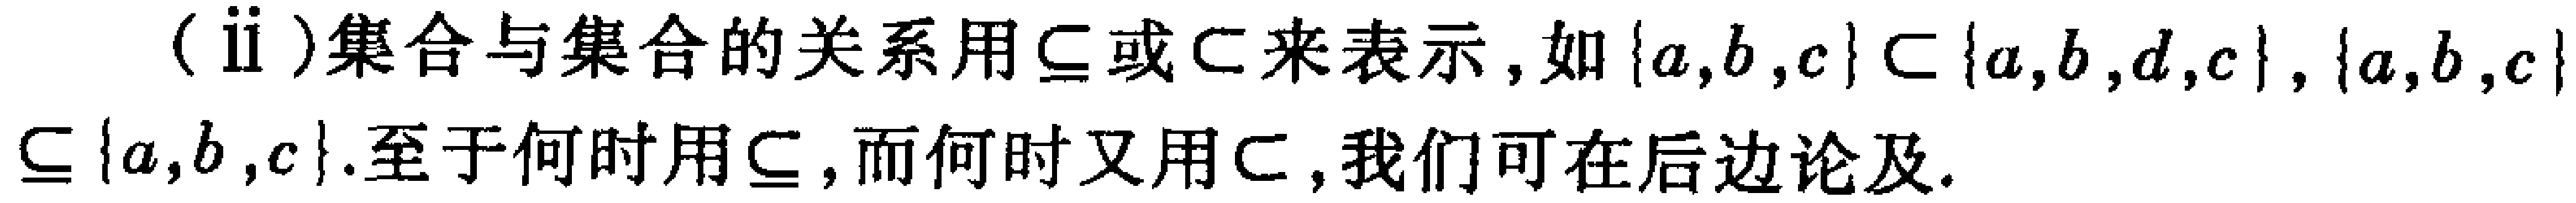
(ii)集合与集合的关系用$\subseteq$或$\subset$来表示，如$\{a,b,c\} \subset \{a,b,d,c\}, \{a,b,c\} \subseteq \{a,b,c\}$.至于何时用$\subseteq$，而何时又用$\subset$，我们可在后边论及.